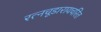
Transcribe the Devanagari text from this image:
रत्नचूडारायचरित